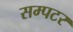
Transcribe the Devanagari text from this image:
सम्पटर